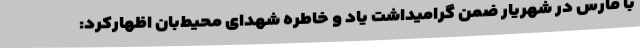
با فارس در شهریار ضمن گرامیداشت یاد و خاطره شهدای محیط‌بان اظهار‌کرد: